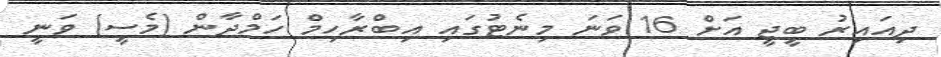
ދިއައިރު ބީޖީ އަށް 16 ވަނަ މިނެޓުގައި އިބްރާހިމް ހަމްދާން (މެސީ) ވަނީ